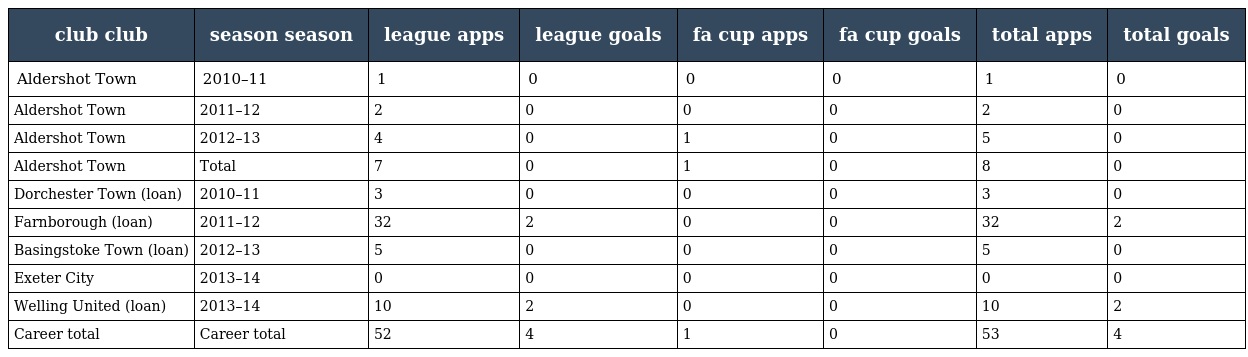
| club club | season season | league apps | league goals | fa cup apps | fa cup goals | total apps | total goals |
 | --- | --- | --- | --- | --- | --- | --- | --- |
 | Aldershot Town | 2010–11 | 1 | 0 | 0 | 0 | 1 | 0 |
 | Aldershot Town | 2011–12 | 2 | 0 | 0 | 0 | 2 | 0 |
 | Aldershot Town | 2012–13 | 4 | 0 | 1 | 0 | 5 | 0 |
 | Aldershot Town | Total | 7 | 0 | 1 | 0 | 8 | 0 |
 | Dorchester Town (loan) | 2010–11 | 3 | 0 | 0 | 0 | 3 | 0 |
 | Farnborough (loan) | 2011–12 | 32 | 2 | 0 | 0 | 32 | 2 |
 | Basingstoke Town (loan) | 2012–13 | 5 | 0 | 0 | 0 | 5 | 0 |
 | Exeter City | 2013–14 | 0 | 0 | 0 | 0 | 0 | 0 |
 | Welling United (loan) | 2013–14 | 10 | 2 | 0 | 0 | 10 | 2 |
 | Career total | Career total | 52 | 4 | 1 | 0 | 53 | 4 |